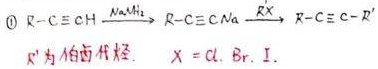
\[ \textcircled{1} \ R - C \equiv C - H \xrightarrow[]{NaNH_2} R - C \equiv C - Na \xrightarrow[]{R'X} R - C \equiv C - R' \]
\[ R' \text{为卤代烃}, \ X = Cl, Br, I. \]